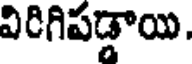
విరిగిపడ్డాయి.